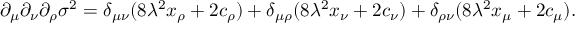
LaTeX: \partial _ { \mu } \partial _ { \nu } \partial _ { \rho } \sigma ^ { 2 } = \delta _ { \mu \nu } ( 8 \lambda ^ { 2 } x _ { \rho } + 2 c _ { \rho } ) + \delta _ { \mu \rho } ( 8 \lambda ^ { 2 } x _ { \nu } + 2 c _ { \nu } ) + \delta _ { \rho \nu } ( 8 \lambda ^ { 2 } x _ { \mu } + 2 c _ { \mu } ) .